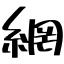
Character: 網